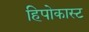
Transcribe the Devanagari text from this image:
हिपोकास्ट